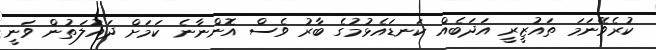
ކުރެވޭނަމަ ތައުޒީރީ އަދަބެއް ކަނޑައެޅުމުގެ ބާރު ވެސް އޮންނާނެ ކަމަށް ދައުލަތުން ވަނީ